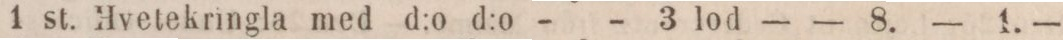
1 st. Hvetekringla med d:o d:o - - 3 lod    — — 8.    — 1. —